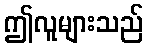
ဤလူများသည်